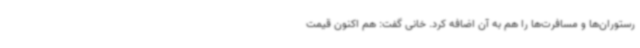
رستوران‌ها و مسافرت‌ها را هم به آن اضافه کرد. خانی گفت: هم اکنون قیمت